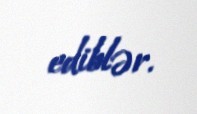
ediblər.